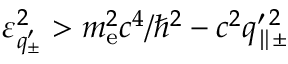
\varepsilon _ { q _ { \pm } ^ { \prime } } ^ { 2 } > m _ { \mathrm { e } } ^ { 2 } c ^ { 4 } / \hbar ^ { 2 } - c ^ { 2 } q _ { \parallel \pm } ^ { \prime \, 2 }